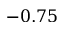
- 0 . 7 5